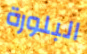
البلورة